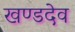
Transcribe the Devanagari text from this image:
खण्डदेव